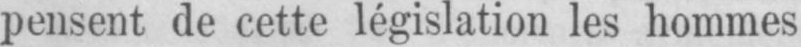
pensent de cette législation les hommes